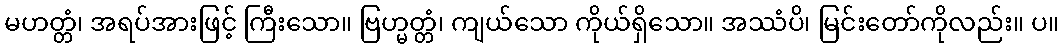
မဟတ္တံ၊ အရပ်အားဖြင့် ကြီးသော။ ဗြဟ္မတ္တံ၊ ကျယ်သော ကိုယ်ရှိသော။ အဿံပိ၊ မြင်းတော်ကိုလည်း။ ပ။